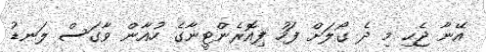
އޭނާ ޖެހި މި ދެ ގޯލަށް ފަހު ފިއޮރެންޓީނާގެ ހުއާން ވާގަސް ލަނޑު